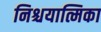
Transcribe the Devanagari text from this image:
निश्चयात्मिका